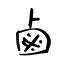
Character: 鹵